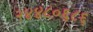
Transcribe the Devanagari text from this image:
२४४८०६८६